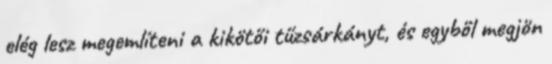
elég lesz megemlíteni a kikötői tűzsárkányt, és egyből megjön